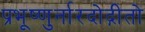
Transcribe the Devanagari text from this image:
प्रभूष्णुर्नारदोद्गीतो